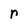
Character: r